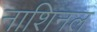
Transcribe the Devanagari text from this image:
नाशिनल